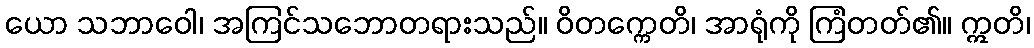
ယော သဘာဝေါ၊ အကြင်သဘောတရားသည်။ ဝိတက္ကေတိ၊ အာရုံကို ကြံတတ်၏။ ဣတိ၊